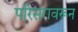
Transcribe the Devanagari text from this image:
परिसरावरून